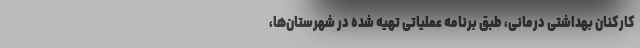
کارکنان بهداشتی درمانی، طبق برنامه عملیاتی تهیه شده در شهرستان‌ها،